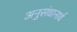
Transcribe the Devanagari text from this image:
अनुसंधानार्थ